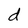
Character: d